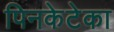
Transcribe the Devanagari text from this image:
पिनकेटेका